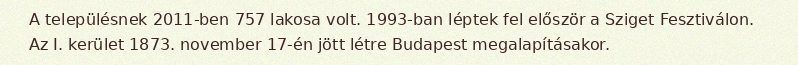
A településnek 2011-ben 757 lakosa volt. 1993-ban léptek fel először a Sziget Fesztiválon. Az I. kerület 1873. november 17-én jött létre Budapest megalapításakor.